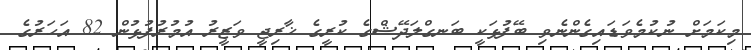
މިކަމަށް ނުކުމެވަޑައިގެންނެވި ބޭފުޅަކީ ބަނގްލަދޭޝްގެ ކުރީގެ ޚާރިޖީ ވަޒީރު އުމުރުފުޅުން 82 އަހަރުގެ